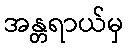
အန္တရာယ်မှ